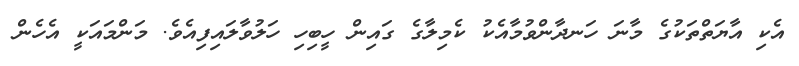
އެކި އާޔަތްތަކުގެ މާނަ ހަނދާންވުމާއެކު ކެމިލާގެ ގައިން ހީބިހި ހަލުވާލައިފިއެވެ. މަންމައަކީ އެހެން